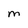
Character: M